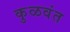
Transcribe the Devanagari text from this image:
कुळवंत